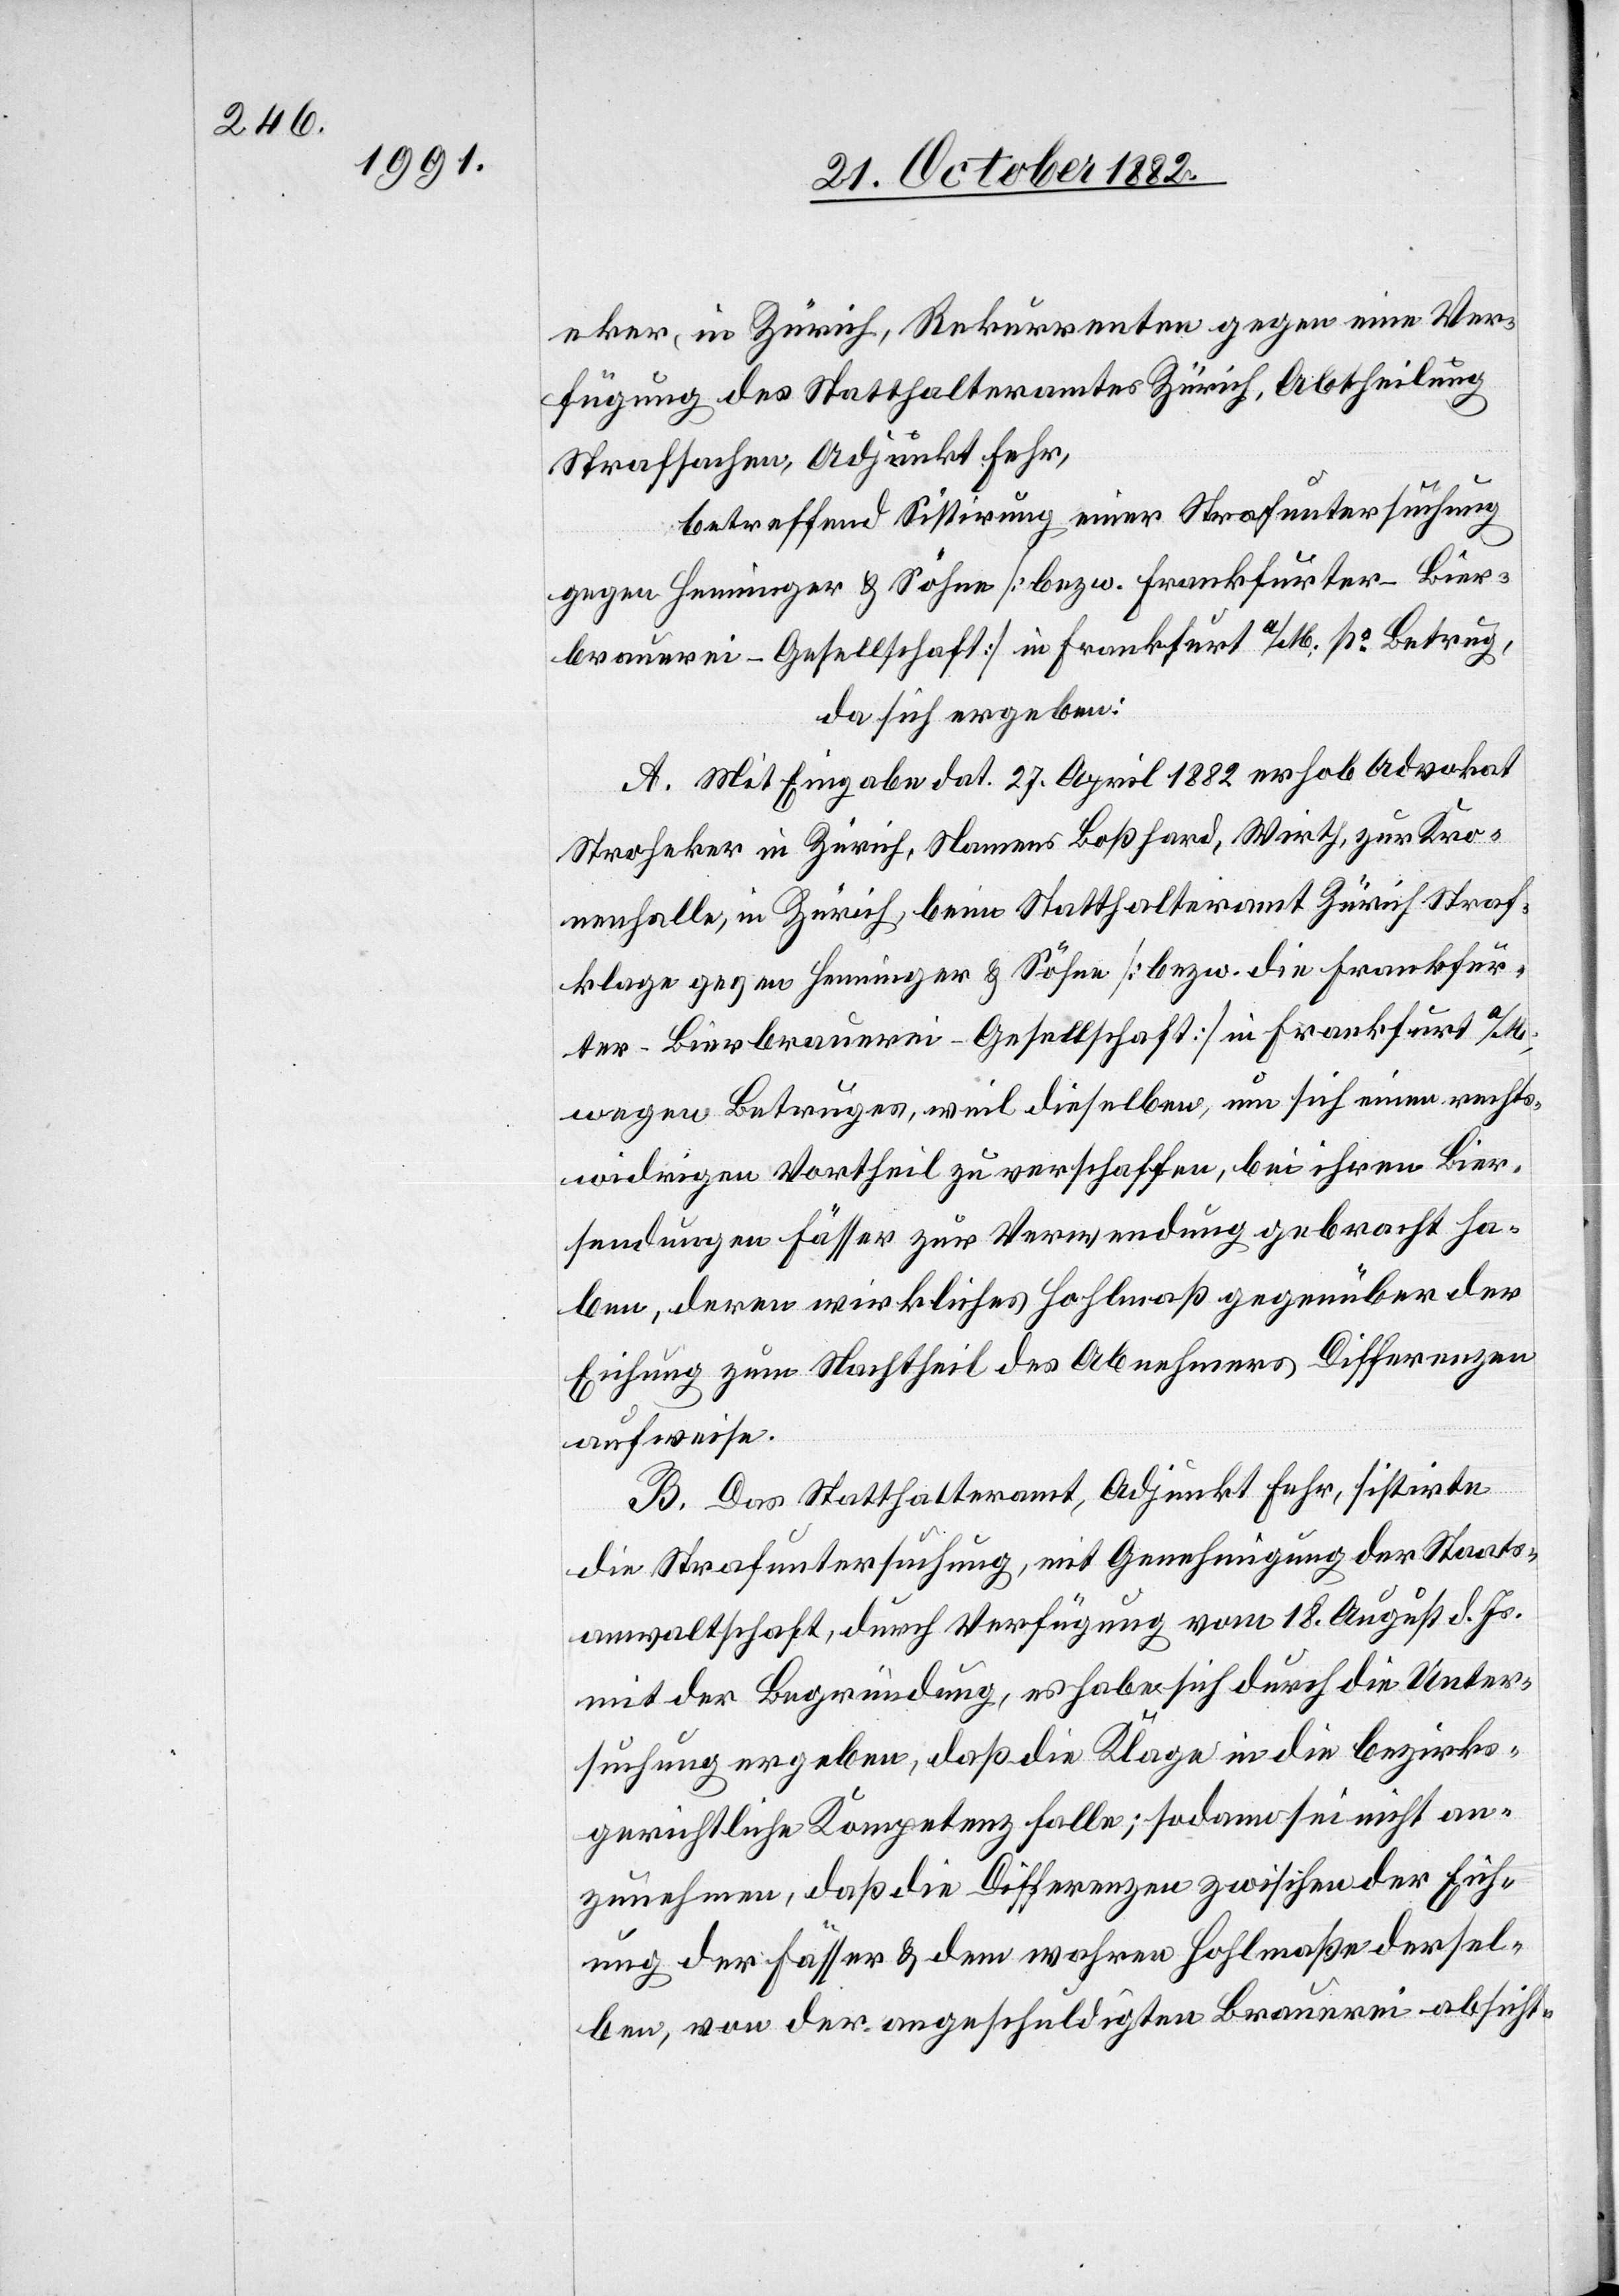
eker, in Zürich, Rekurrenten gegen eine Ver¬
fügung des Statthalteramtes Zürich, Abtheilung
Strafsachen, Adjunkt Fehr,
betreffend Sistirung eines Strafuntersuchung
gegen Henninger & Söhne [bezw. Frankfurter-Bier¬
brauerei-Gesellschaft] in Frankfurt a/M. po Betrug,
hat sich ergeben:
A. Mit Eingabe dat. 27. April 1882 erhob Advokat
Stroheker in Zürich, Namens Boßhard, Wirth, zur Kro¬
nenhalle, in Zürich, beim Statthalteramt Zürich Straf¬
klage gegen Henninger & Söhne [bezw. die Frankfur¬
ter-Bierbrauerei-Gesellschaft] in Frankfurt a/M.,
wegen Betruges, weil dieselben, um sich einen rechts¬
widrigen Vortheil zu verschaffen, bei ihren Bier¬
sendungen Fässer zur Verwendung gebracht ha¬
ben, deren wirkliches Hohlmaß gegenüber der
Eichung zum Nachtheil des Abnehmers Differenzen
aufweise.
B: Das Statthalteramt, Adjunkt Fehr, sistirte
die Strafuntersuchung, mit Genehmigung der Staats¬
anwaltschaft, durch Verfügung vom 18. August d. Js.
mit der Begründung, es habe sich durch die Unter¬
suchung ergeben, daß die Klage in die bezirks¬
gerichtliche Kompetenz falle; sodann sei nicht an¬
zunehmen, daß die Differenzen zwischen der Eich¬
ung der Fässer & dem wahren Hohlmaße dersel¬
ben, von der angeschuldigten Brauerei absicht-